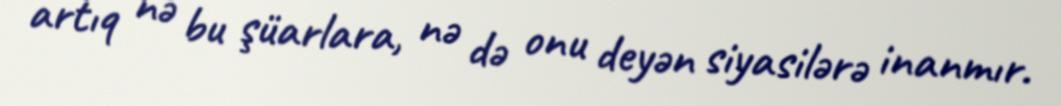
artıq nə bu şüarlara, nə də onu deyən siyasilərə inanmır.